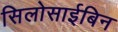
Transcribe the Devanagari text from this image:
सिलोसाईबिन